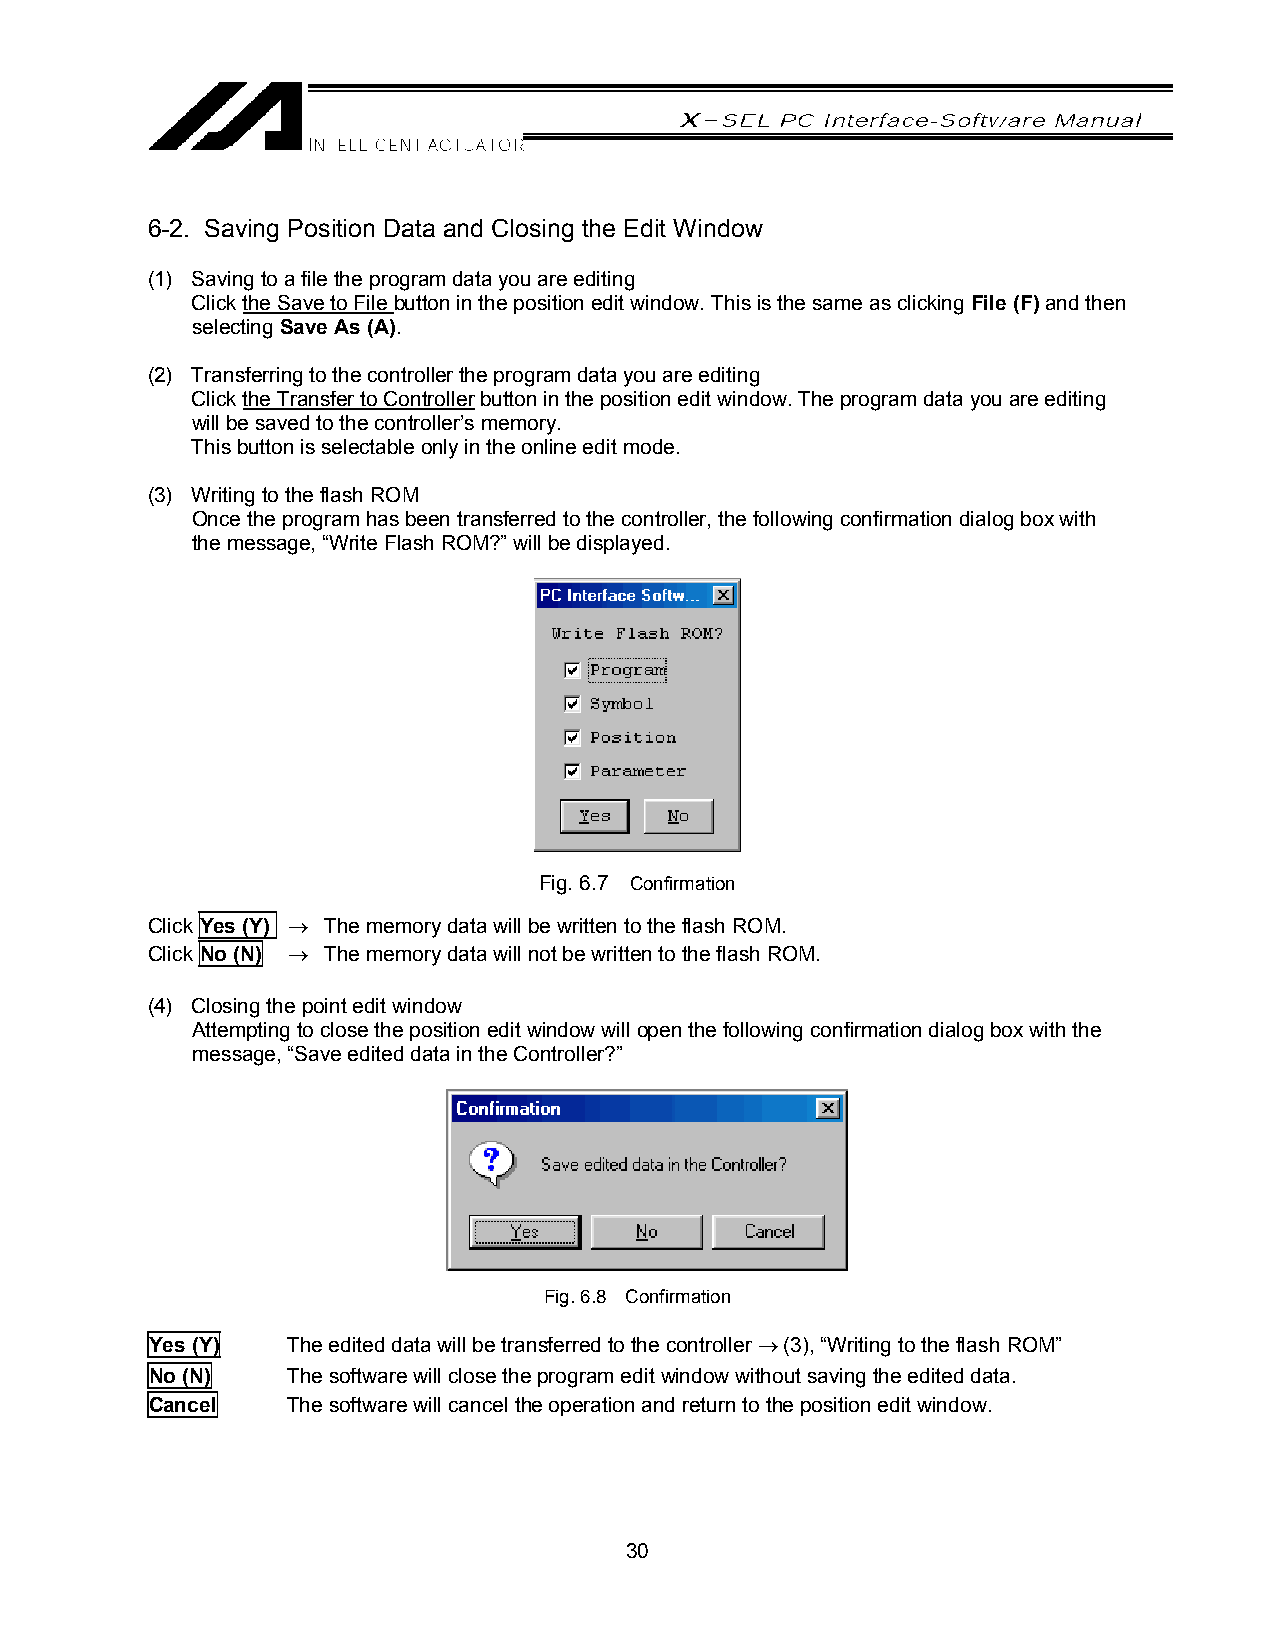
6-2. Saving Position Data and Closing the Edit Window
 (1) Saving to a file the program data you are editing
 Click the Save to File button in the position edit window. This is the same as clicking File (F) and then
 selecting Save As (A).
 (2) Transferring to the controller the program data you are editing
 Click the Transfer to Controller button in the position edit window. The program data you are editing
 will be saved to the controller’s memory.
 This button is selectable only in the online edit mode.
 (3) Writing to the flash ROM
 Once the program has been transferred to the controller, the following confirmation dialog box with
 the message, “Write Flash ROM?” will be displayed.
 Fig. 6.7 Confirmation
 Click Yes (Y) → The memory data will be written to the flash ROM.
 Click No (N) → The memory data will not be written to the flash ROM.
 (4) Closing the point edit window
 Attempting to close the position edit window will open the following confirmation dialog box with the
 message, “Save edited data in the Controller?”
 Fig. 6.8 Confirmation
 Yes (Y)  The edited data will be transferred to the controller → (3), “Writing to the flash ROM”
 No (N)   The software will close the program edit window without saving the edited data.
 Cancel   The software will cancel the operation and return to the position edit window.
 30